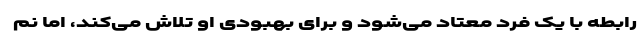
رابطه با یک فرد معتاد می‌شود و برای بهبودی او تلاش می‌کند، اما نم